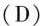
(D)